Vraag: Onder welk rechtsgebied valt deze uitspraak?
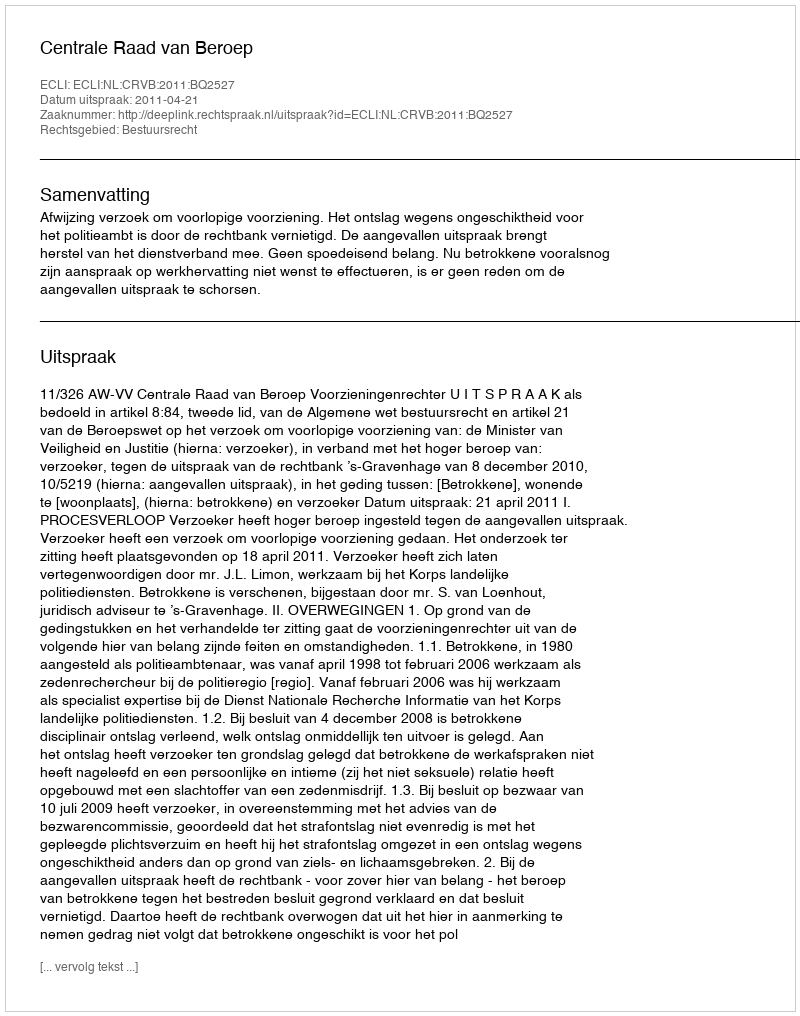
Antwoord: Bestuursrecht